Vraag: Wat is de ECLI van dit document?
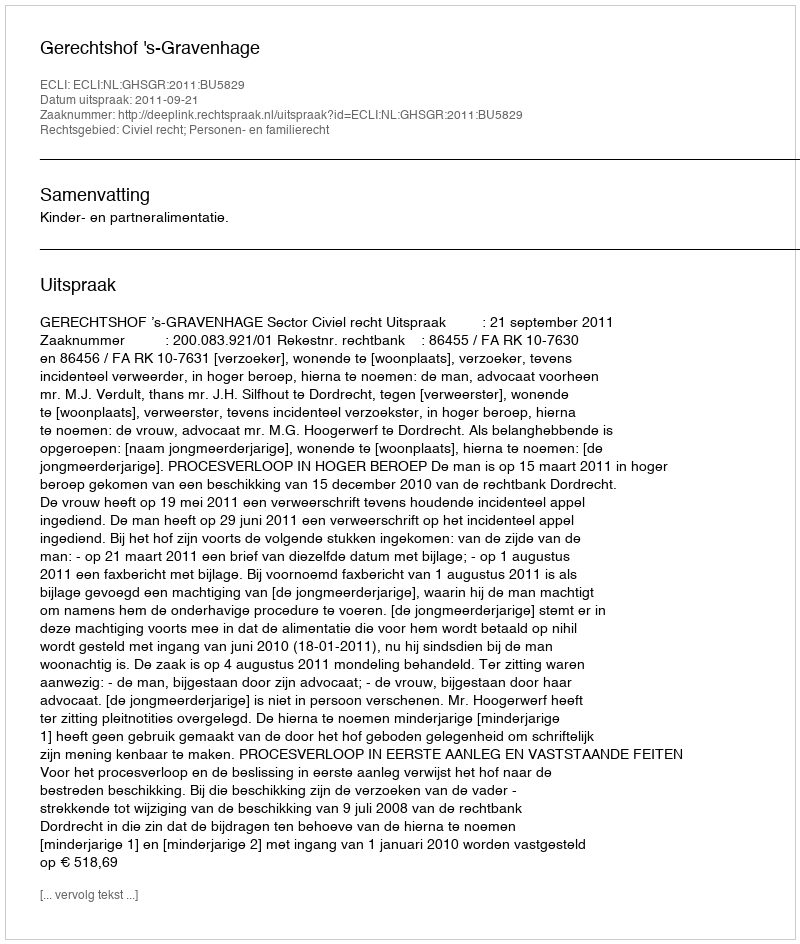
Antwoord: ECLI:NL:GHSGR:2011:BU5829